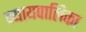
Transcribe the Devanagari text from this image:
न्‍यायपालिका